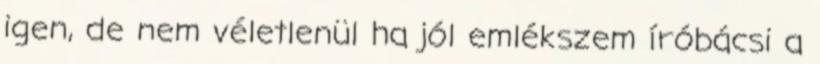
igen, de nem véletlenül ha jól emlékszem íróbácsi a